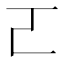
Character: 𠀀